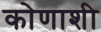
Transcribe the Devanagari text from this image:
कोणाशी